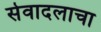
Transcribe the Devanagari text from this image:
सेवादलाचा